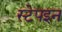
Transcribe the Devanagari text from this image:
स्टेपइन